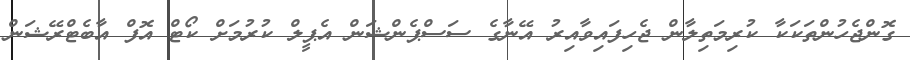
ގޮންޖެހުންތަކަކާ ކުރިމަތިލާން ޖެހިފައިވާއިރު އޭނާގެ ސަސްޕެންޝަން އެޕީލް ކުރުމަށް ކޯޓް އޮފް އާބެޓްރޭޝަން